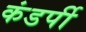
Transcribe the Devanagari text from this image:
कंडर्पी